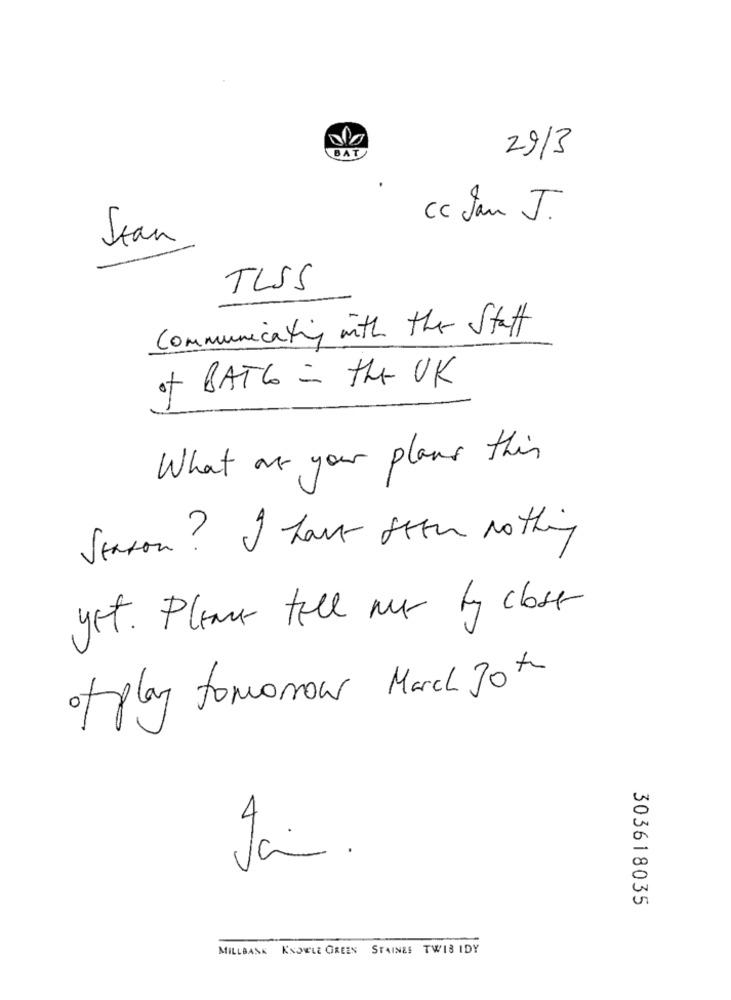
BAT
29/3
Cc Jan J.
Jean
TLSS
Communicating with the Staff
of BATG = the UK
What are your plans this
Season? I have seen Nothing
yet. Plener fell ner by closer
of play tomorrow March Jot
Jan.
303618035
MILLBANK KNOWLE GREEN STAINES TWIS IDY